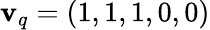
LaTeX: \mathbf{v}_{q}=(1,1,1,0,0)